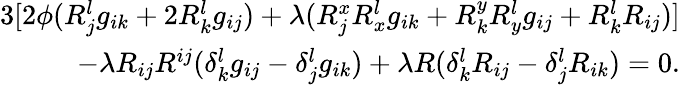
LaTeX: \begin{array}{r}{3[2\phi(R_{j}^{l}g_{ik}+2R_{k}^{l}g_{ij})+\lambda(R_{j}^{x}R_{x}^{l}g_{ik}+R_{k}^{y}R_{y}^{l}g_{ij}+R_{k}^{l}R_{ij})]}\\ {-\lambda R_{ij}R^{ij}(\delta_{k}^{l}g_{ij}-\delta_{j}^{l}g_{ik})+\lambda R(\delta_{k}^{l}R_{ij}-\delta_{j}^{l}R_{ik})=0.}\end{array}